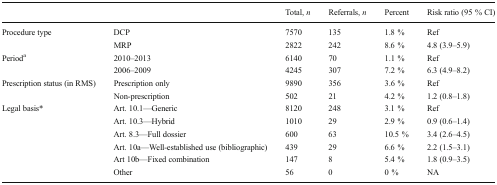
<table><thead><tr><td colspan="2"></td><td><b>Total, <i>n</i></b></td><td><b>Referrals, <i>n</i></b></td><td><b>Percent</b></td><td><b>Risk ratio (95 % CI)</b></td></tr></thead><tbody><tr><td rowspan="2">Procedure type</td><td>DCP</td><td>7570</td><td>135</td><td>1.8 %</td><td>Ref</td></tr><tr><td>MRP</td><td>2822</td><td>242</td><td>8.6 %</td><td>4.8 (3.9–5.9)</td></tr><tr><td rowspan="2">Period<sup>a</sup></td><td>2010–2013</td><td>6140</td><td>70</td><td>1.1 %</td><td>Ref</td></tr><tr><td>2006–2009</td><td>4245</td><td>307</td><td>7.2 %</td><td>6.3 (4.9–8.2)</td></tr><tr><td rowspan="2">Prescription status (in RMS)</td><td>Prescription only</td><td>9890</td><td>356</td><td>3.6 %</td><td>Ref</td></tr><tr><td>Non-prescription</td><td>502</td><td>21</td><td>4.2 %</td><td>1.2 (0.8–1.8)</td></tr><tr><td rowspan="6">Legal basis*</td><td>Art. 10.1—Generic</td><td>8120</td><td>248</td><td>3.1 %</td><td>Ref</td></tr><tr><td>Art. 10.3—Hybrid</td><td>1010</td><td>29</td><td>2.9 %</td><td>0.9 (0.6–1.4)</td></tr><tr><td>Art. 8.3—Full dossier</td><td>600</td><td>63</td><td>10.5 %</td><td>3.4 (2.6–4.5)</td></tr><tr><td>Art. 10a—Well-established use (bibliographic)</td><td>439</td><td>29</td><td>6.6 %</td><td>2.2 (1.5–3.1)</td></tr><tr><td>Art 10b—Fixed combination</td><td>147</td><td>8</td><td>5.4 %</td><td>1.8 (0.9–3.5)</td></tr><tr><td>Other</td><td>56</td><td>0</td><td>0 %</td><td>NA</td></tr></tbody></table>